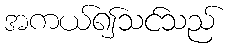
အကယ်၍သင်သည်